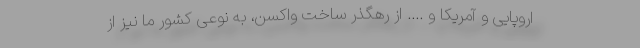
اروپایی و آمریکا و .... از رهگذر ساخت واکسن، به نوعی کشور ما نیز از